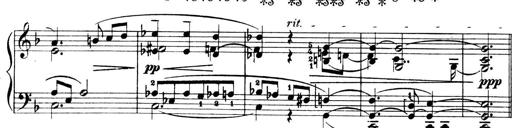
Title: 4 Sonatines
Composer: Max Reger